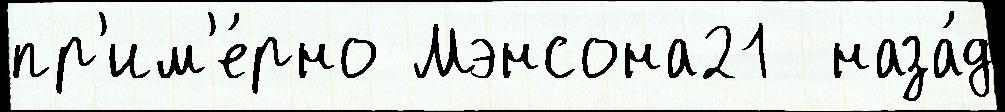
пр'им'е́рно Мэнсона21  наза́д